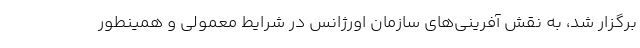
برگزار شد، به نقش آفرینی‌های سازمان اورژانس در شرایط معمولی و همینطور